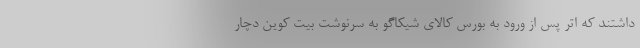
داشتند که اتر پس از ورود به بورس کالای شیکاگو به سرنوشت بیت کوین دچار